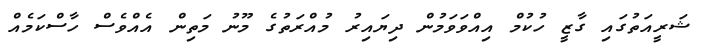
ޝަރީއަތުގައި ގާޒީ ހުކުމް އިއްވަވަމުން ދިޔައިރު މުއްރަތުގެ މޫނު މަތިން އެއްވެސް ހާސްކަމެއް